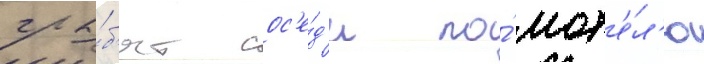
гра́б'ят сос'е́д'и по́ мот'е́л'ю